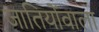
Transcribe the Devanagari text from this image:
जातियोंवाला